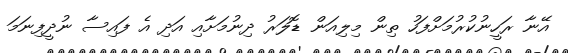
އޭނާ ރަހީނުކުރުމަށްފަހު ތިން މިލިއަން ޑޮލަރު ދިނުމަށާއި އަދި އެ ފައިސާ ނުދީފިނަމަ